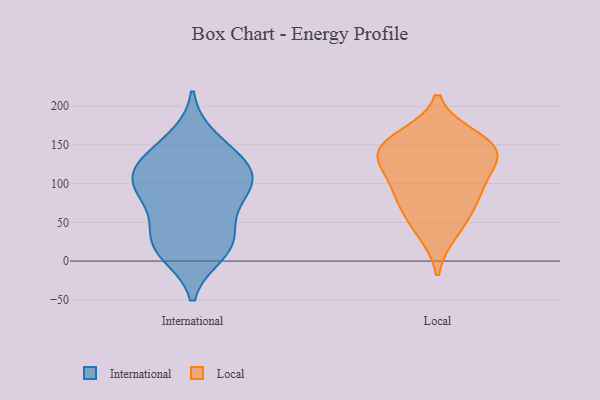
{"axis": {"x": "Gross Profit (USD K)", "y": "Value"}, "legend": ["International", "Local"], "data": [{"x": "", "y": 86, "type": "International"}, {"x": "", "y": 106, "type": "International"}, {"x": "", "y": 116, "type": "International"}, {"x": "", "y": 158, "type": "International"}, {"x": "", "y": 117, "type": "International"}, {"x": "", "y": 141, "type": "International"}, {"x": "", "y": 22, "type": "International"}, {"x": "", "y": 27, "type": "International"}, {"x": "", "y": 19, "type": "International"}, {"x": "", "y": 10, "type": "International"}, {"x": "", "y": 124, "type": "International"}, {"x": "", "y": 92, "type": "International"}, {"x": "", "y": 52, "type": "International"}, {"x": "", "y": 86, "type": "International"}, {"x": "", "y": 111, "type": "Local"}, {"x": "", "y": 90, "type": "Local"}, {"x": "", "y": 137, "type": "Local"}, {"x": "", "y": 84, "type": "Local"}, {"x": "", "y": 144, "type": "Local"}, {"x": "", "y": 61, "type": "Local"}, {"x": "", "y": 137, "type": "Local"}, {"x": "", "y": 159, "type": "Local"}, {"x": "", "y": 149, "type": "Local"}, {"x": "", "y": 37, "type": "Local"}]}